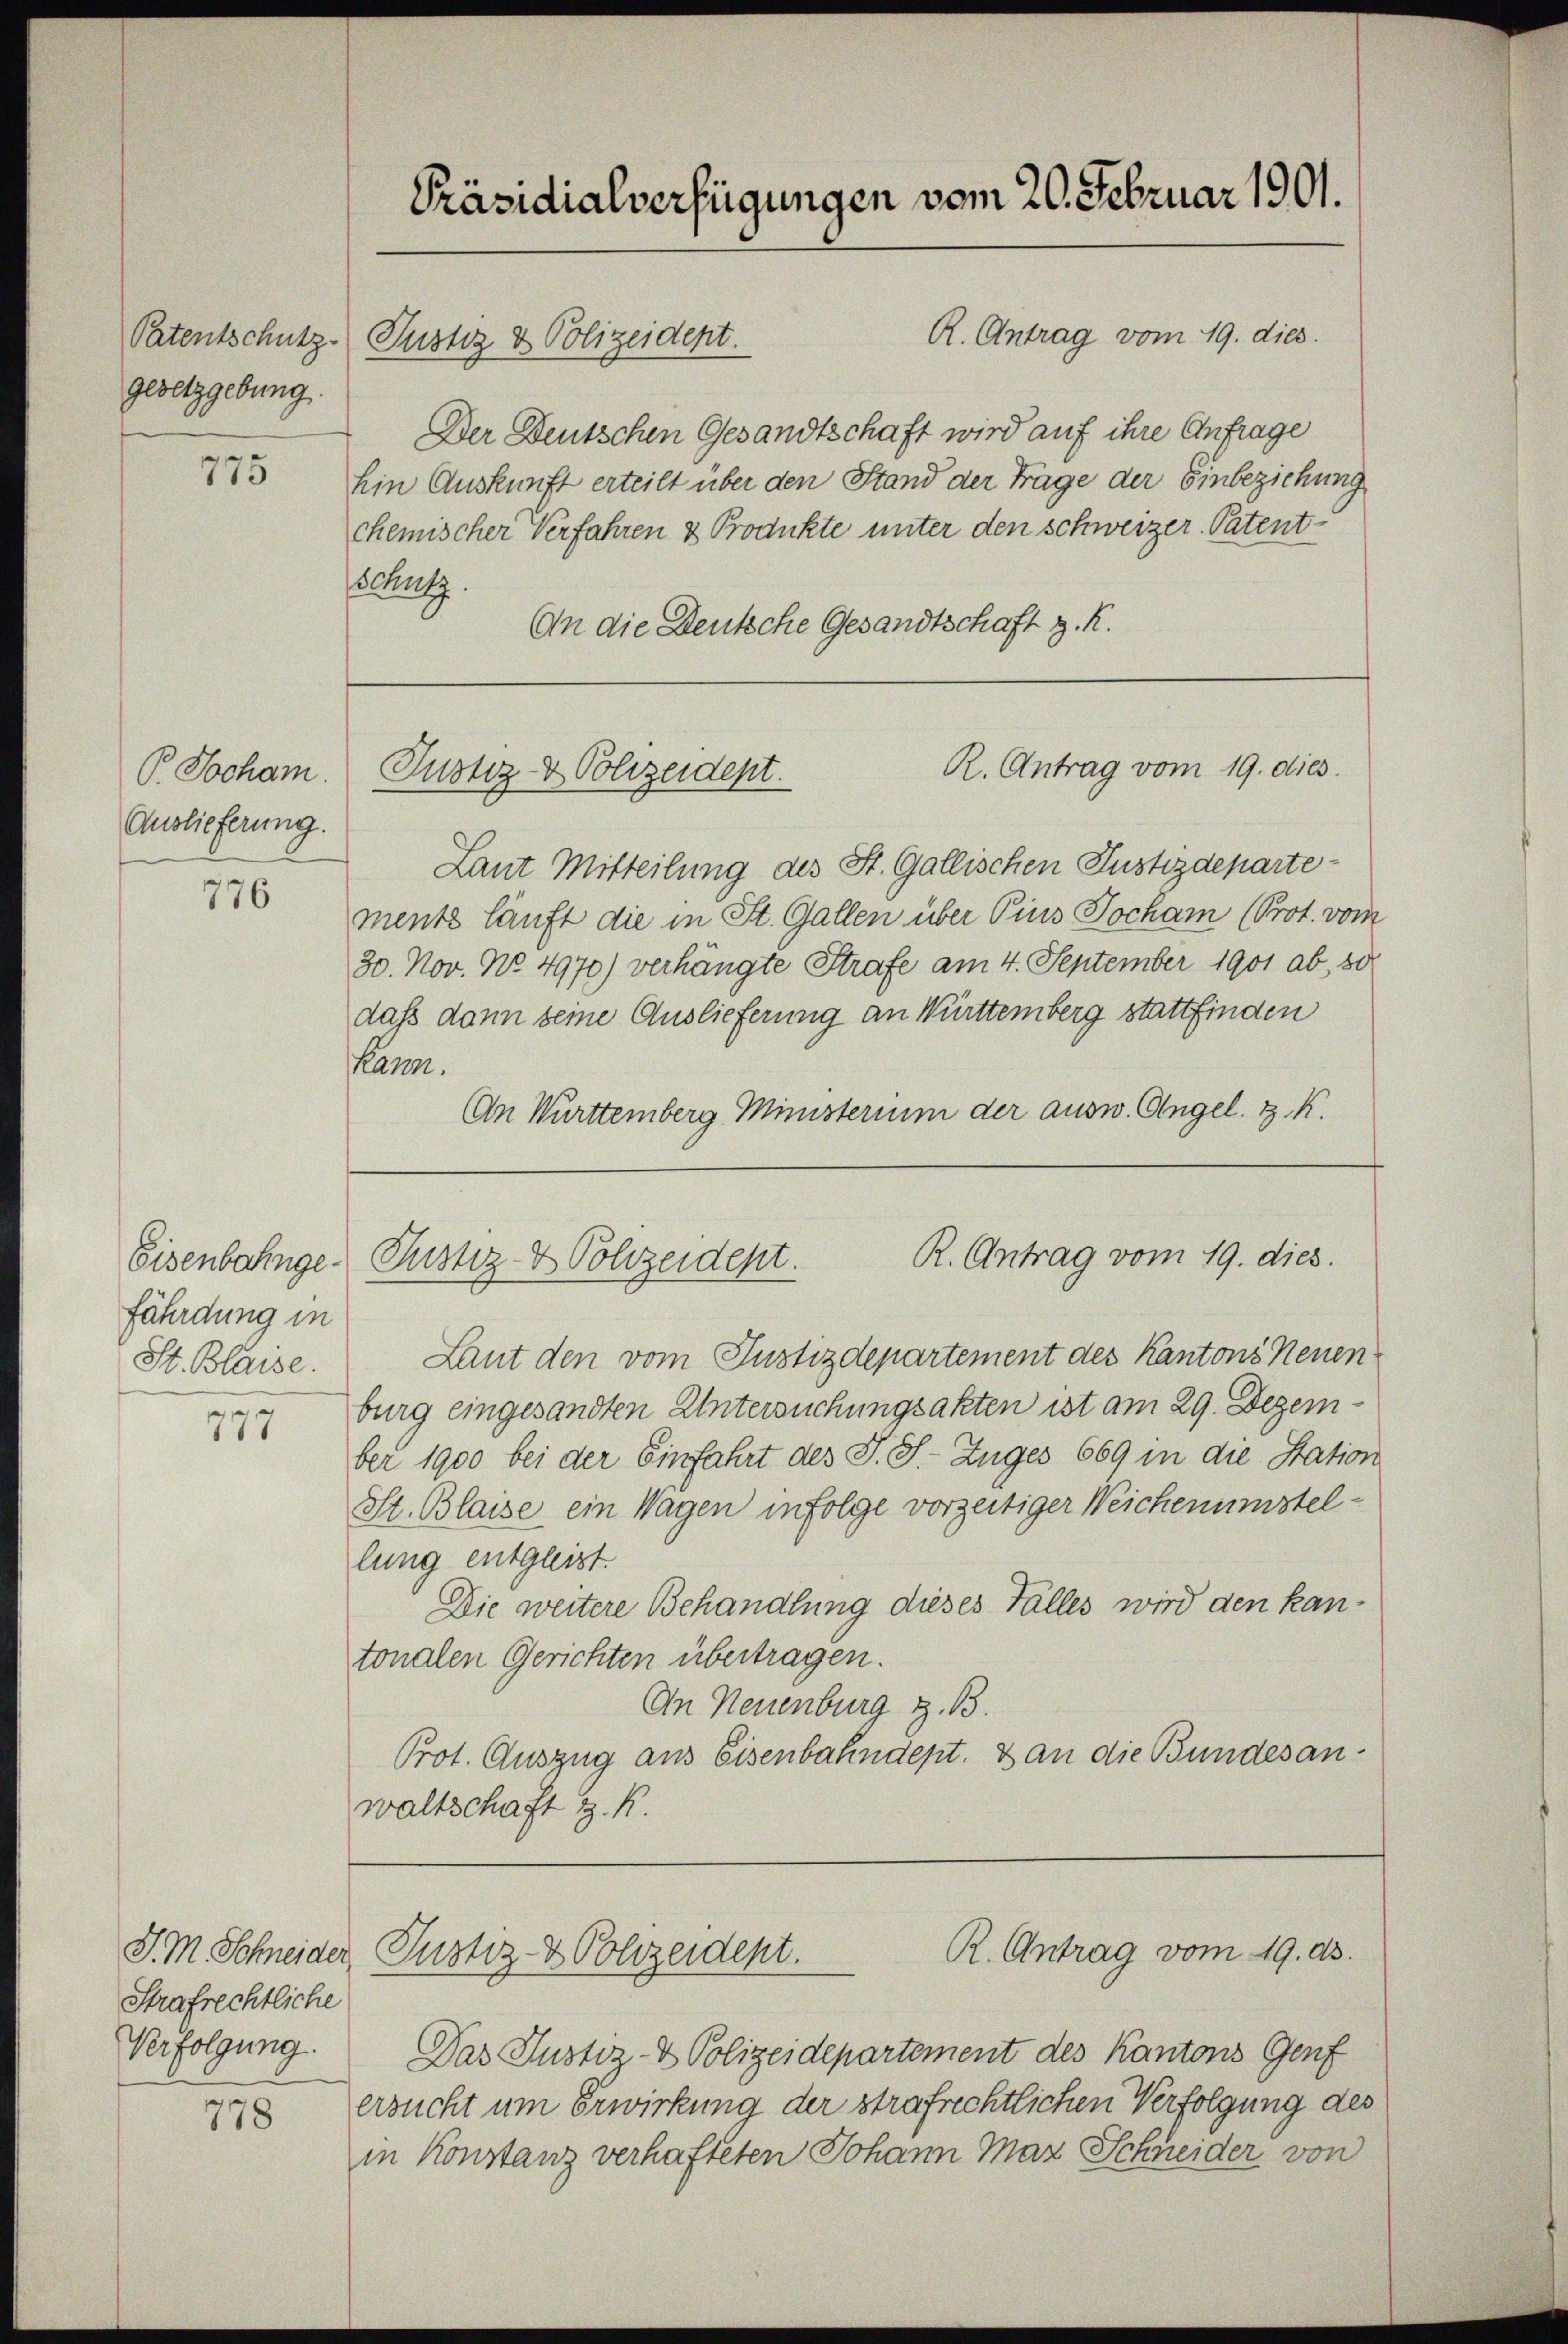
Patentschutz-
gesetzgebung.

775

P Jocham
Auslieferung.

776

fährdung in
St. Blaise.

777

Strafrechtliche
Verfolgung.

778

Präsidialverfügungen vom 20. Februar 1901.
R. Antrag vom 19. dies.
Justiz & Polizeidept.

Der Deutschen Gesandtschaft wird auf ihre Anfrage
hin Auskunft erteilt über den Stand der Trage der Einbeziehung
chemischer Verfahren & Produkte unter den schweizer Patentsatz.
An die Deutsche Gesandtschaft z. K.

R. Antrag vom 19. dies
Justiz- & Polizeidept.

Laut Mitteilung des St. Gallischen Justizdepartemente läuft die in St. Gallen über Pius Jocham (Prot. vom
30. Nov. No. 4970) verhängte Strafe am 4. September 1901 ab, so
dass dann seine Auslieferung an Württemberg stattfinden
kann.
An Wurttemberg Ministerium der ausw. Angel. z. K.

R. Antrag vom 19. dies.
Eisenbahnge- Pustiz- & Polizeident.

R. Antrag vom 19. ds.
J. M. Schneider Justiz- & Polizeident.

Laut den vom Justizdepartement des Kantons Neuen
burg eingesandten Untersuchungsakten ist am 29. Dezember 1900 bei der Einfahrt des J. J. Zuges 669 in die Station
St. Blaise ein Wagen infolge vorzeitiger Weichenumstellung entgleist.
Die weitere Behandlung dieses Falles wird den kantonalen Gerichten übertragen.
An Neuenburg z. B.
Prot. Auszug aus Eisenbahndept. & an die Bundesanwaltschaft z. R.

Das Justiz- & Polizeidepartement des Kantons Genf
ersucht um Erwirkung der strafrechtlichen Verfolgung des
in Konstanz verhafteten Johann Max Schneider von